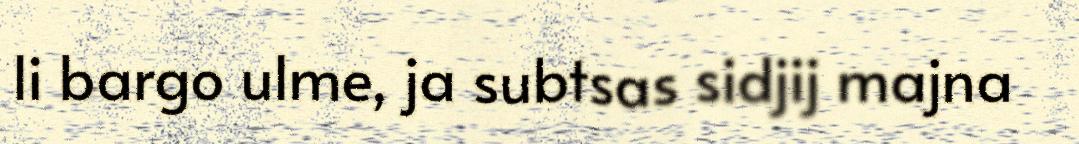
li bargo ulme, ja subtsas sidjij majna